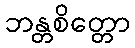
ဘန္တစိတ္တော